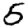
Digit: 5